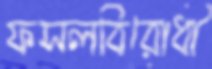
ফসলবিরোধী